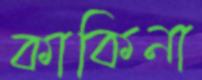
কাকিনা